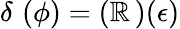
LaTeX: \delta\, \, (\phi)=(\mathbb{R}\, )(\epsilon)